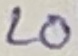
Text: LO